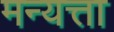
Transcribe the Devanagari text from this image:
मन्यत्ता